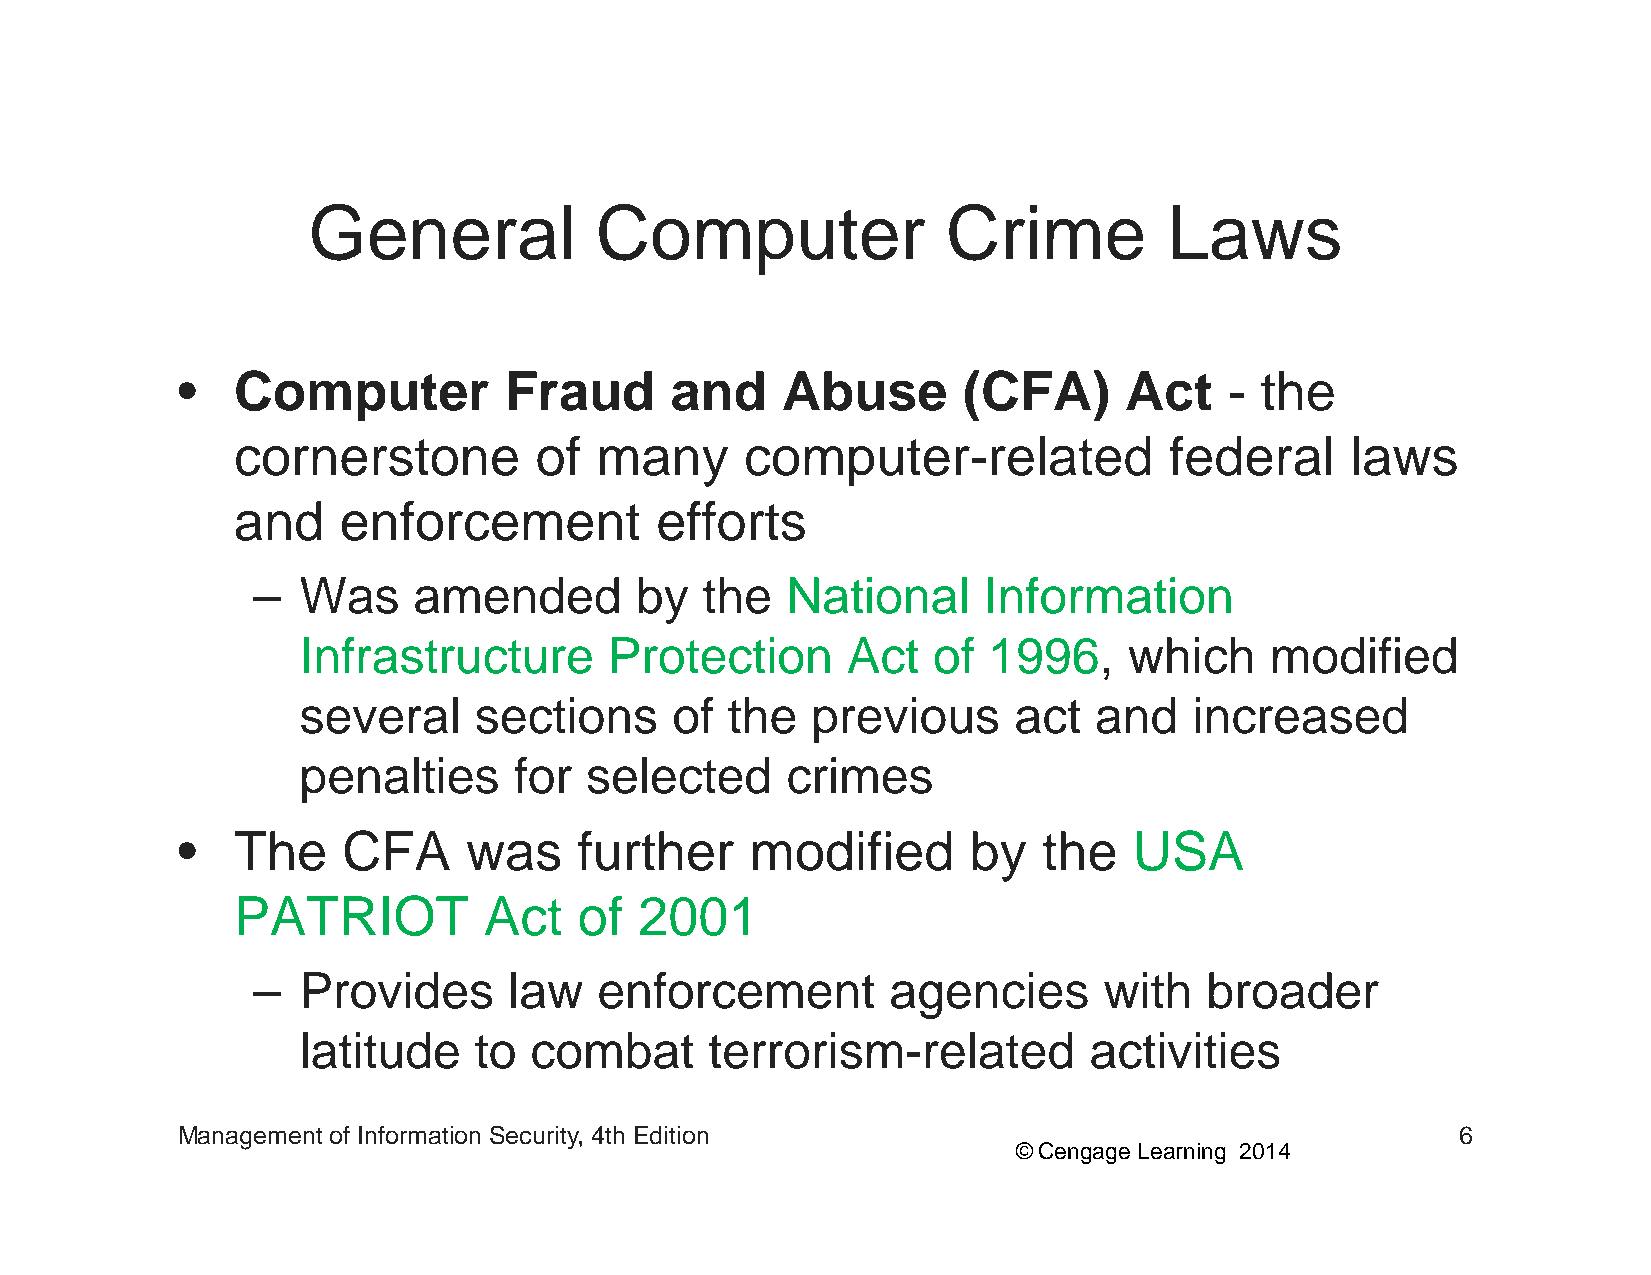
GGeenneerraall     CCoommppuutteerr        CCrriimmee    LLaawwss
 •• CCoommppuutteerr  FFrraauudd aanndd  AAbbuussee  ((CCFFAA)) AAcctt -- tthhee
 cornerstone         of  many      computer-related            federal     laws
 and    enforcement          efforts
 –  Was    amended        by  the   National     Information
 Infrastructure      Protection      Act   of 1996,     which    modified
 sseevveerraall sseeccttiioonnss ooff tthhee pprreevviioouuss aacctt aanndd iinnccrreeaasseedd
 penalties     for  selected     crimes
 •  The     CFA     was    further     modified      byy  the   USA
 PATRIOT          Act   of  2001
 –  Provides      law   enforcement        agencies      with   broader
 llattiittudde tto combbatt tterroriism-rellattedd   acttiiviittiies
 Management of Information Security, 4th Edition                                      6
 © Cengage Learning 2014